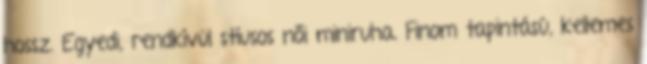
hossz. Egyedi, rendkívül stíusos női miniruha. Finom tapintású, kellemes